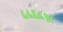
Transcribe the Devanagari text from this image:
५५६५९८